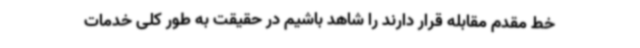
خط مقدم مقابله قرار دارند را شاهد باشیم در حقیقت به طور کلی خدمات